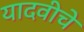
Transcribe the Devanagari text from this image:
यादवीचे